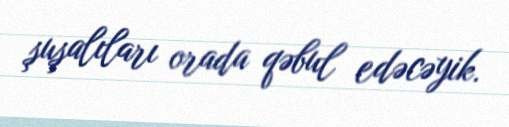
şuşalıları orada qəbul edəcəyik.